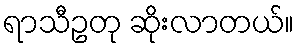
ရာသီဥတု ဆိုးလာတယ်။